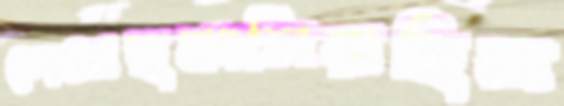
শেনেছঝালিয়াছিল